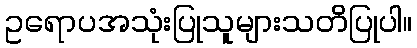
ဥရောပအသုံးပြုသူများသတိပြုပါ။